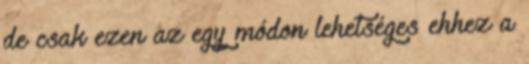
de csak ezen az egy módon lehetséges ehhez a